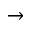
\rightarrow